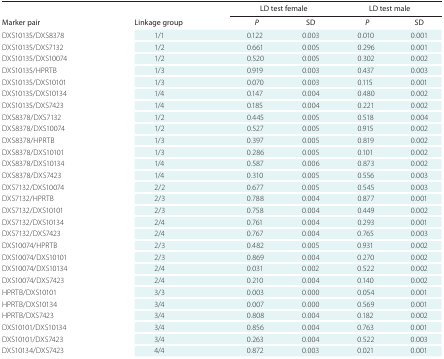
<table><thead><tr><td rowspan="2"><b>Marker pair</b></td><td rowspan="2"><b>Linkage group</b></td><td colspan="2"><b>LD test female</b></td><td colspan="2"><b>LD test male</b></td></tr><tr><td><b><i>P</i></b></td><td><b>SD</b></td><td><b><i>P</i></b></td><td><b>SD</b></td></tr></thead><tbody><tr><td>DXS10135/DXS8378</td><td>1/1</td><td>0.122</td><td>0.003</td><td>0.010</td><td>0.001</td></tr><tr><td>DXS10135/DXS7132</td><td>1/2</td><td>0.661</td><td>0.005</td><td>0.296</td><td>0.001</td></tr><tr><td>DXS10135/DXS10074</td><td>1/2</td><td>0.520</td><td>0.005</td><td>0.302</td><td>0.002</td></tr><tr><td>DXS10135/HPRTB</td><td>1/3</td><td>0.919</td><td>0.003</td><td>0.437</td><td>0.003</td></tr><tr><td>DXS10135/DXS10101</td><td>1/3</td><td>0.070</td><td>0.003</td><td>0.115</td><td>0.001</td></tr><tr><td>DXS10135/DXS10134</td><td>1/4</td><td>0.147</td><td>0.004</td><td>0.480</td><td>0.002</td></tr><tr><td>DXS10135/DXS7423</td><td>1/4</td><td>0.185</td><td>0.004</td><td>0.221</td><td>0.002</td></tr><tr><td>DXS8378/DXS7132</td><td>1/2</td><td>0.445</td><td>0.005</td><td>0.518</td><td>0.004</td></tr><tr><td>DXS8378/DXS10074</td><td>1/2</td><td>0.527</td><td>0.005</td><td>0.915</td><td>0.002</td></tr><tr><td>DXS8378/HPRTB</td><td>1/3</td><td>0.397</td><td>0.005</td><td>0.819</td><td>0.002</td></tr><tr><td>DXS8378/DXS10101</td><td>1/3</td><td>0.286</td><td>0.005</td><td>0.101</td><td>0.002</td></tr><tr><td>DXS8378/DXS10134</td><td>1/4</td><td>0.587</td><td>0.006</td><td>0.873</td><td>0.002</td></tr><tr><td>DXS8378/DXS7423</td><td>1/4</td><td>0.310</td><td>0.005</td><td>0.556</td><td>0.003</td></tr><tr><td>DXS7132/DXS10074</td><td>2/2</td><td>0.677</td><td>0.005</td><td>0.545</td><td>0.003</td></tr><tr><td>DXS7132/HPRTB</td><td>2/3</td><td>0.788</td><td>0.004</td><td>0.877</td><td>0.001</td></tr><tr><td>DXS7132/DXS10101</td><td>2/3</td><td>0.758</td><td>0.004</td><td>0.449</td><td>0.002</td></tr><tr><td>DXS7132/DXS10134</td><td>2/4</td><td>0.761</td><td>0.004</td><td>0.293</td><td>0.001</td></tr><tr><td>DXS7132/DXS7423</td><td>2/4</td><td>0.767</td><td>0.004</td><td>0.765</td><td>0.003</td></tr><tr><td>DXS10074/HPRTB</td><td>2/3</td><td>0.482</td><td>0.005</td><td>0.931</td><td>0.002</td></tr><tr><td>DXS10074/DXS10101</td><td>2/3</td><td>0.869</td><td>0.004</td><td>0.270</td><td>0.002</td></tr><tr><td>DXS10074/DXS10134</td><td>2/4</td><td>0.031</td><td>0.002</td><td>0.522</td><td>0.002</td></tr><tr><td>DXS10074/DXS7423</td><td>2/4</td><td>0.210</td><td>0.004</td><td>0.140</td><td>0.002</td></tr><tr><td>HPRTB/DXS10101</td><td>3/3</td><td>0.003</td><td>0.000</td><td>0.054</td><td>0.001</td></tr><tr><td>HPRTB/DXS10134</td><td>3/4</td><td>0.007</td><td>0.000</td><td>0.569</td><td>0.001</td></tr><tr><td>HPRTB/DXS7423</td><td>3/4</td><td>0.808</td><td>0.004</td><td>0.182</td><td>0.002</td></tr><tr><td>DXS10101/DXS10134</td><td>3/4</td><td>0.856</td><td>0.004</td><td>0.763</td><td>0.001</td></tr><tr><td>DXS10101/DXS7423</td><td>3/4</td><td>0.263</td><td>0.004</td><td>0.522</td><td>0.003</td></tr><tr><td>DXS10134/DXS7423</td><td>4/4</td><td>0.872</td><td>0.003</td><td>0.021</td><td>0.001</td></tr></tbody></table>